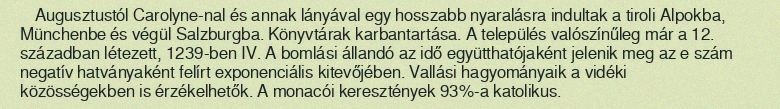
Augusztustól Carolyne-nal és annak lányával egy hosszabb nyaralásra indultak a tiroli Alpokba, Münchenbe és végül Salzburgba. Könyvtárak karbantartása. A település valószínűleg már a 12. században létezett, 1239-ben IV. A bomlási állandó az idő együtthatójaként jelenik meg az e szám negatív hatványaként felírt exponenciális kitevőjében. Vallási hagyományaik a vidéki közösségekben is érzékelhetők. A monacói keresztények 93%-a katolikus.